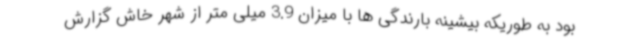
بود به طوریکه بیشینه بارندگی ها با میزان 3.9 میلی متر از شهر خاش گزارش